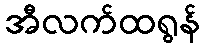
အီလက်ထရွန်